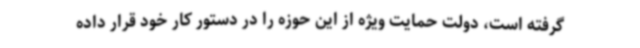
گرفته است، دولت حمایت ویژه از این حوزه را در دستور کار خود قرار داده